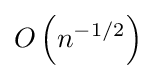
O\left(n^{-1/2}\right)